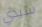
سيدي